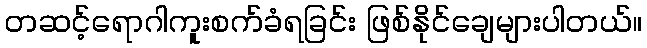
တဆင့်ရောဂါကူးစက်ခံရခြင်း ဖြစ်နိုင်ချေများပါတယ်။